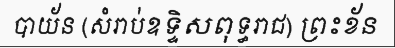
បាយ័ន (សំរាប់ឧទ្ទិសពុទ្ធរាជ) ព្រះខ័ន